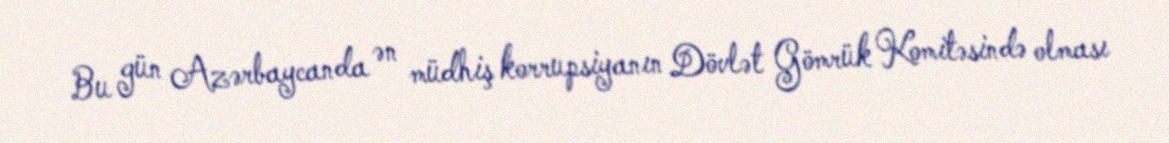
Bu gün Azərbaycanda ən müdhiş korrupsiyanın Dövlət Gömrük Komitəsində olması